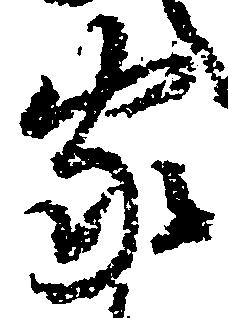
家